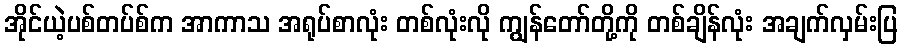
အိုင်ယဲ့ပစ်တပ်စ်က အာကာသ အရုပ်စာလုံး တစ်လုံးလို ကျွန်တော်တို့ကို တစ်ချိန်လုံး အချက်လှမ်းပြ